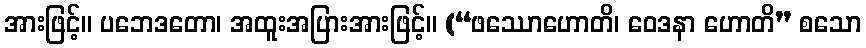
အားဖြင့်။ ပဘေဒတော၊ အထူးအပြားအားဖြင့်။ (“ဖဿောဟောတိ၊ ဝေဒနာ ဟောတိ” စသော